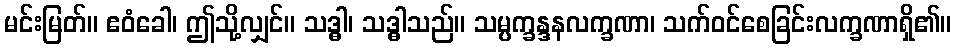
မင်းမြတ်။ ဧဝံခေါ၊ ဤသို့လျှင်။ သဒ္ဓါ၊ သဒ္ဓါသည်။ သမ္ပက္ခန္ဒနလက္ခဏာ၊ သက်ဝင်စေခြင်းလက္ခဏာရှိ၏။